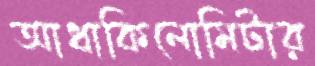
আধাকিলোমিটার